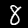
Label: 8